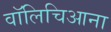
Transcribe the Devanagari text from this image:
वॉलिचिआना